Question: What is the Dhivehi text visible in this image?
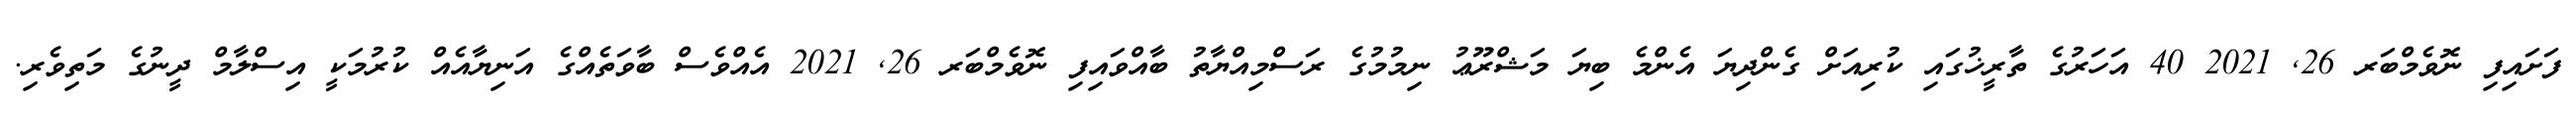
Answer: ފަށައިފި ނޮވެމްބަރ 26, 2021 40 އަހަރުގެ ތާރީޚުގައި ކުރިއަށް ގެންދިޔަ އެންމެ ބިޔަ މަޝްރޫޢު ނިމުމުގެ ރަސްމިއްޔާތު ބާއްވައިފި ނޮވެމްބަރ 26, 2021 އެއްވެސް ބާވަތެއްގެ އަނިޔާއެއް ކުރުމަކީ އިސްލާމް ދީނުގެ މަތިވެރި.